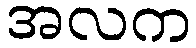
အလက